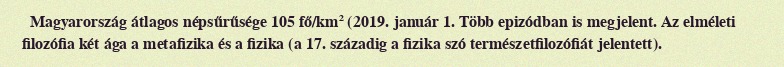
Magyarország átlagos népsűrűsége 105 fő/km² (2019. január 1. Több epizódban is megjelent. Az elméleti filozófia két ága a metafizika és a fizika (a 17. századig a fizika szó természetfilozófiát jelentett).